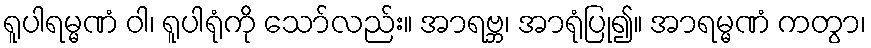
ရူပါရမ္မဏံ ဝါ၊ ရူပါရုံကို သော်လည်း။ အာရဗ္ဘ၊ အာရုံပြု၍။ အာရမ္မဏံ ကတွာ၊